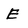
Character: E